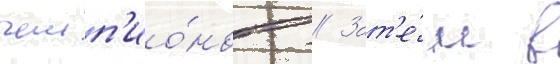
чемп'ио́нов // Зат'е́м в